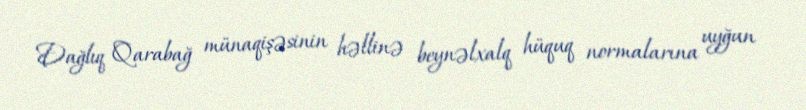
Dağlıq Qarabağ münaqişəsinin həllinə beynəlxalq hüquq normalarına uyğun